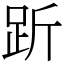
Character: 𧿧